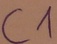
Text: C1